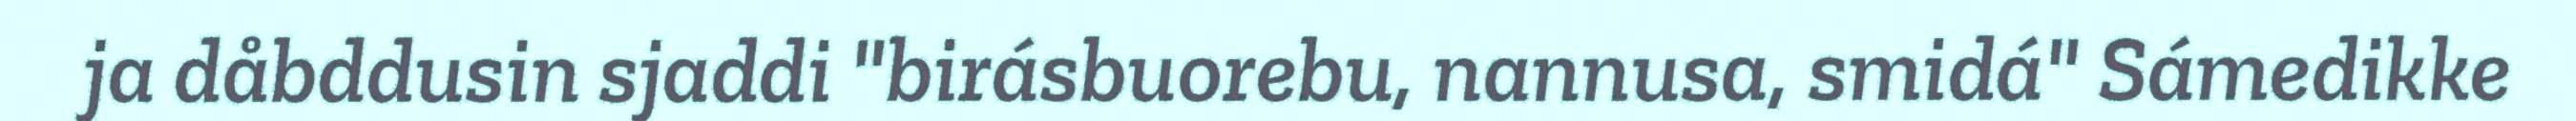
ja dåbddusin sjaddi "birásbuorebu, nannusa, smidá" Sámedikke